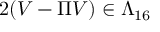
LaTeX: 2 ( V - \Pi V ) \in \Lambda _ { 1 6 }